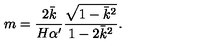
m = \frac { 2 \bar { k } } { H \alpha ^ { \prime } } \frac { \sqrt { 1 - \bar { k } ^ { 2 } } } { 1 - 2 \bar { k } ^ { 2 } } .